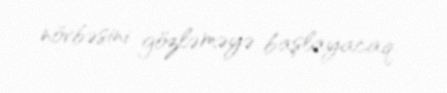
növbəsini gözləməyə başlayacaq.